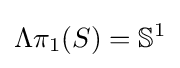
\Lambda \pi _{1}(S)=\mathbb {S} ^{1}